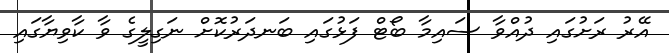
އޭރު ރަށުގައި ދުއްވާ ސައިމާ ބޯޓް ފަޅުގައި ބަނދަރުކޮށް ނަގިލީގެ ވާ ކާވިޔާގައި